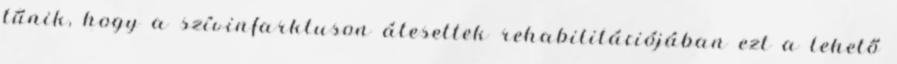
tűnik, hogy a szívinfarktuson átesettek rehabilitációjában ezt a lehető